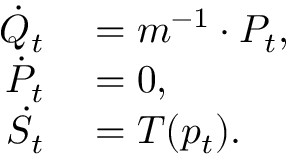
\begin{array} { r l } { \dot { Q } _ { t } } & { { } = m ^ { - 1 } \cdot P _ { t } , } \\ { \dot { P } _ { t } } & { { } = 0 , } \\ { \dot { S } _ { t } } & { { } = T ( p _ { t } ) . } \end{array}